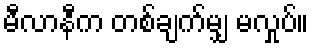
မီလာနီက တစ်ချက်မျှ မလှုပ်။